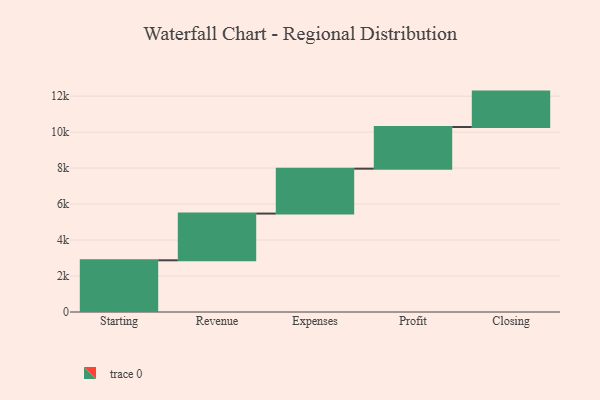
{"axis": {"x": "Step", "y": "Value"}, "legend": [""], "data": [{"x": "Starting", "y": 2875.0, "type": ""}, {"x": "Revenue", "y": 2597.0, "type": ""}, {"x": "Expenses", "y": 2496.0, "type": ""}, {"x": "Profit", "y": 2318.0, "type": ""}, {"x": "Closing", "y": 1967.0, "type": ""}]}